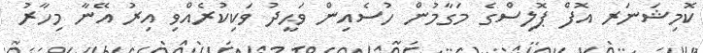
ކޮމިޝަނަރ އޮފް ޕޮލިސްގެ މަގާމުން ހުސެއިން ވަޙީދު ވަކިކުރެއްވި އިރު އޭނާ މިހާރު